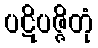
ပဋိပဇ္ဇိတုံ